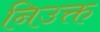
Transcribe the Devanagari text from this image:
निउक्त